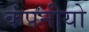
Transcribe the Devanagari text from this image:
कंपनीयो